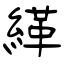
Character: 緙